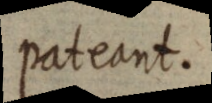
pateant.